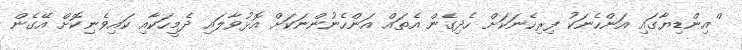
ްއިންޑިޔާގައި އަންހެނަކު ފިރިހެނަކަށް ހެދިގެން އެތައް އަންހެނުންނަކަށް އޮޅުވާލައި ދެމީހަކާއި ކައިވެނިކޮށް އޭގެން